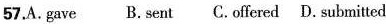
57.A.gave B.sent C. offered D. submitted